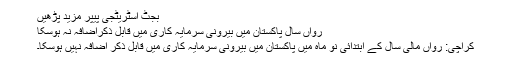
بجٹ اسٹریٹجی پیپر مزید پڑھیں
رواں سال پاکستان میں بیرونی سرمایہ کاری میں قابل ذکراضافہ نہ ہوسکا
کراچی: رواں مالی سال کے ابتدائی نو ماہ میں پاکستان میں بیرونی سرمایہ کاری میں قابل ذکر اضافہ نہیں ہوسکا۔